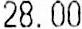
28.00